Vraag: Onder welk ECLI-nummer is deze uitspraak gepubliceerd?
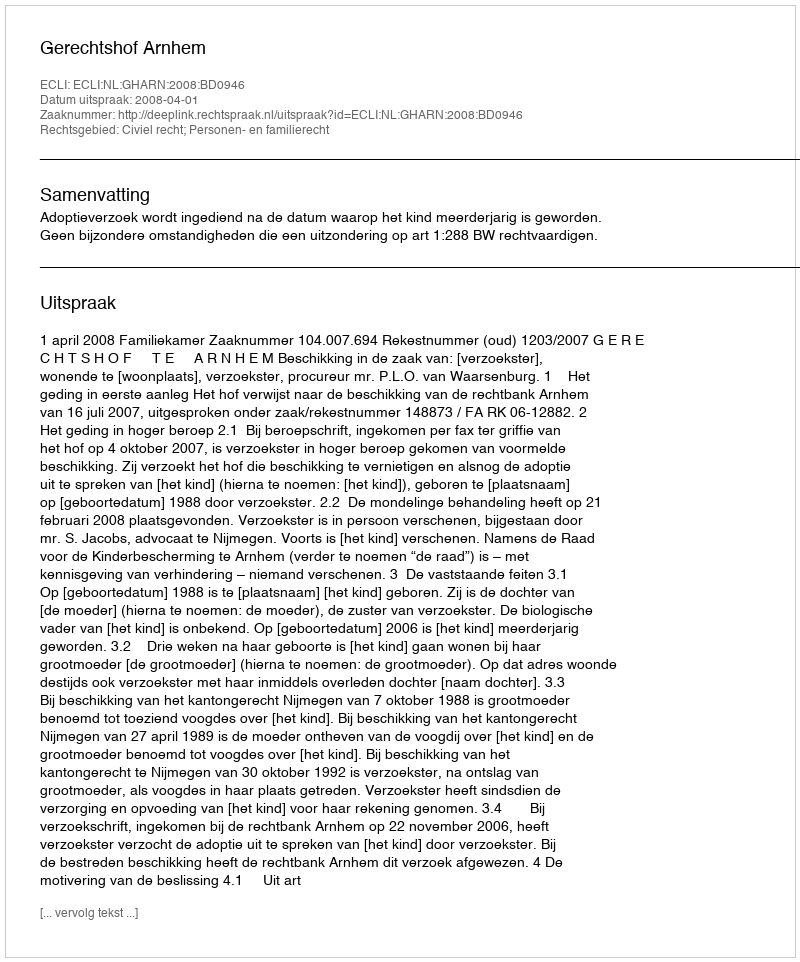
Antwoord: ECLI:NL:GHARN:2008:BD0946